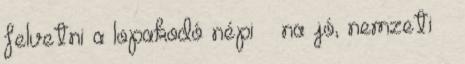
felvetni a lopakodó népi – na jó, nemzeti –